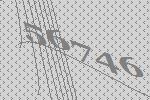
56746